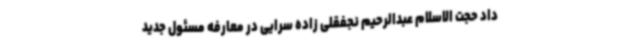
داد حجت الاسلام عبدالرحیم نجفقلی زاده سرایی در معارفه مسئول جدید